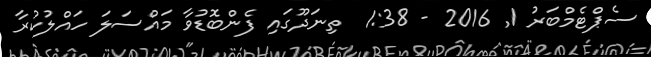
ސެޕްޓެމްބަރު 1